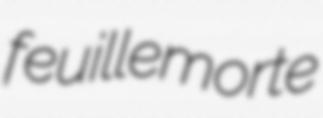
feuillemorte